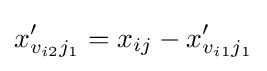
x'_{v_{i2}j_{1}}=x_{ij}-x'_{v_{i1}j_{1}}